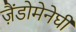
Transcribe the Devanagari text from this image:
ज़ैंडोमेनेघी